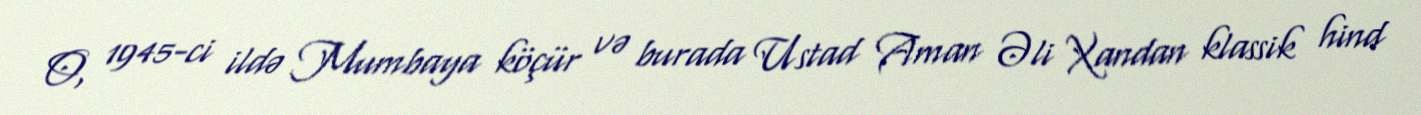
O, 1945-ci ildə Mumbaya köçür və burada Ustad Aman Əli Xandan klassik hind